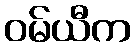
ဝမ်ယီက